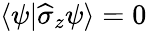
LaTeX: \langle\psi|\widehat{\sigma}_{z}\psi\rangle=0